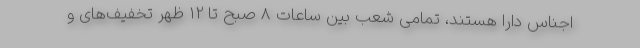
اجناس دارا هستند، تمامی شعب بین ساعات 8 صبح تا 12 ظهر تخفیف‌های و